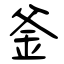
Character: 釜